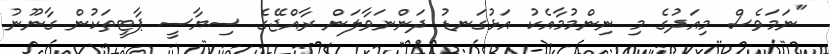
"ނަމަވެސް މިއަދުގެ މި ނިންމުމާއެކު އަޅުގަނޑު ދަންނަވާލަން ރާއްޖޭގެ ސިޔާސީ ޕާޓީތަކުން ގާނޫނު